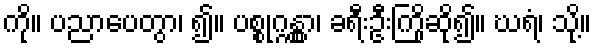
ကို။ ပညာပေတွာ၊ ၍။ ပစ္စုဂ္ဂန္တွာ၊ ခရီးဦးကြိုဆို၍။ ဃရံ၊ သို့။